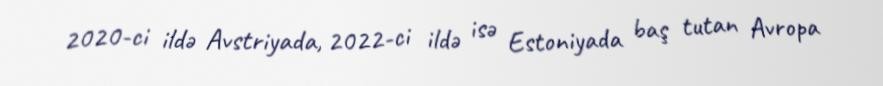
2020-ci ildə Avstriyada, 2022-ci ildə isə Estoniyada baş tutan Avropa